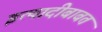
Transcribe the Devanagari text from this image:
इत्यादीबाबत